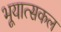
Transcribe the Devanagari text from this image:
भूयात्सकल